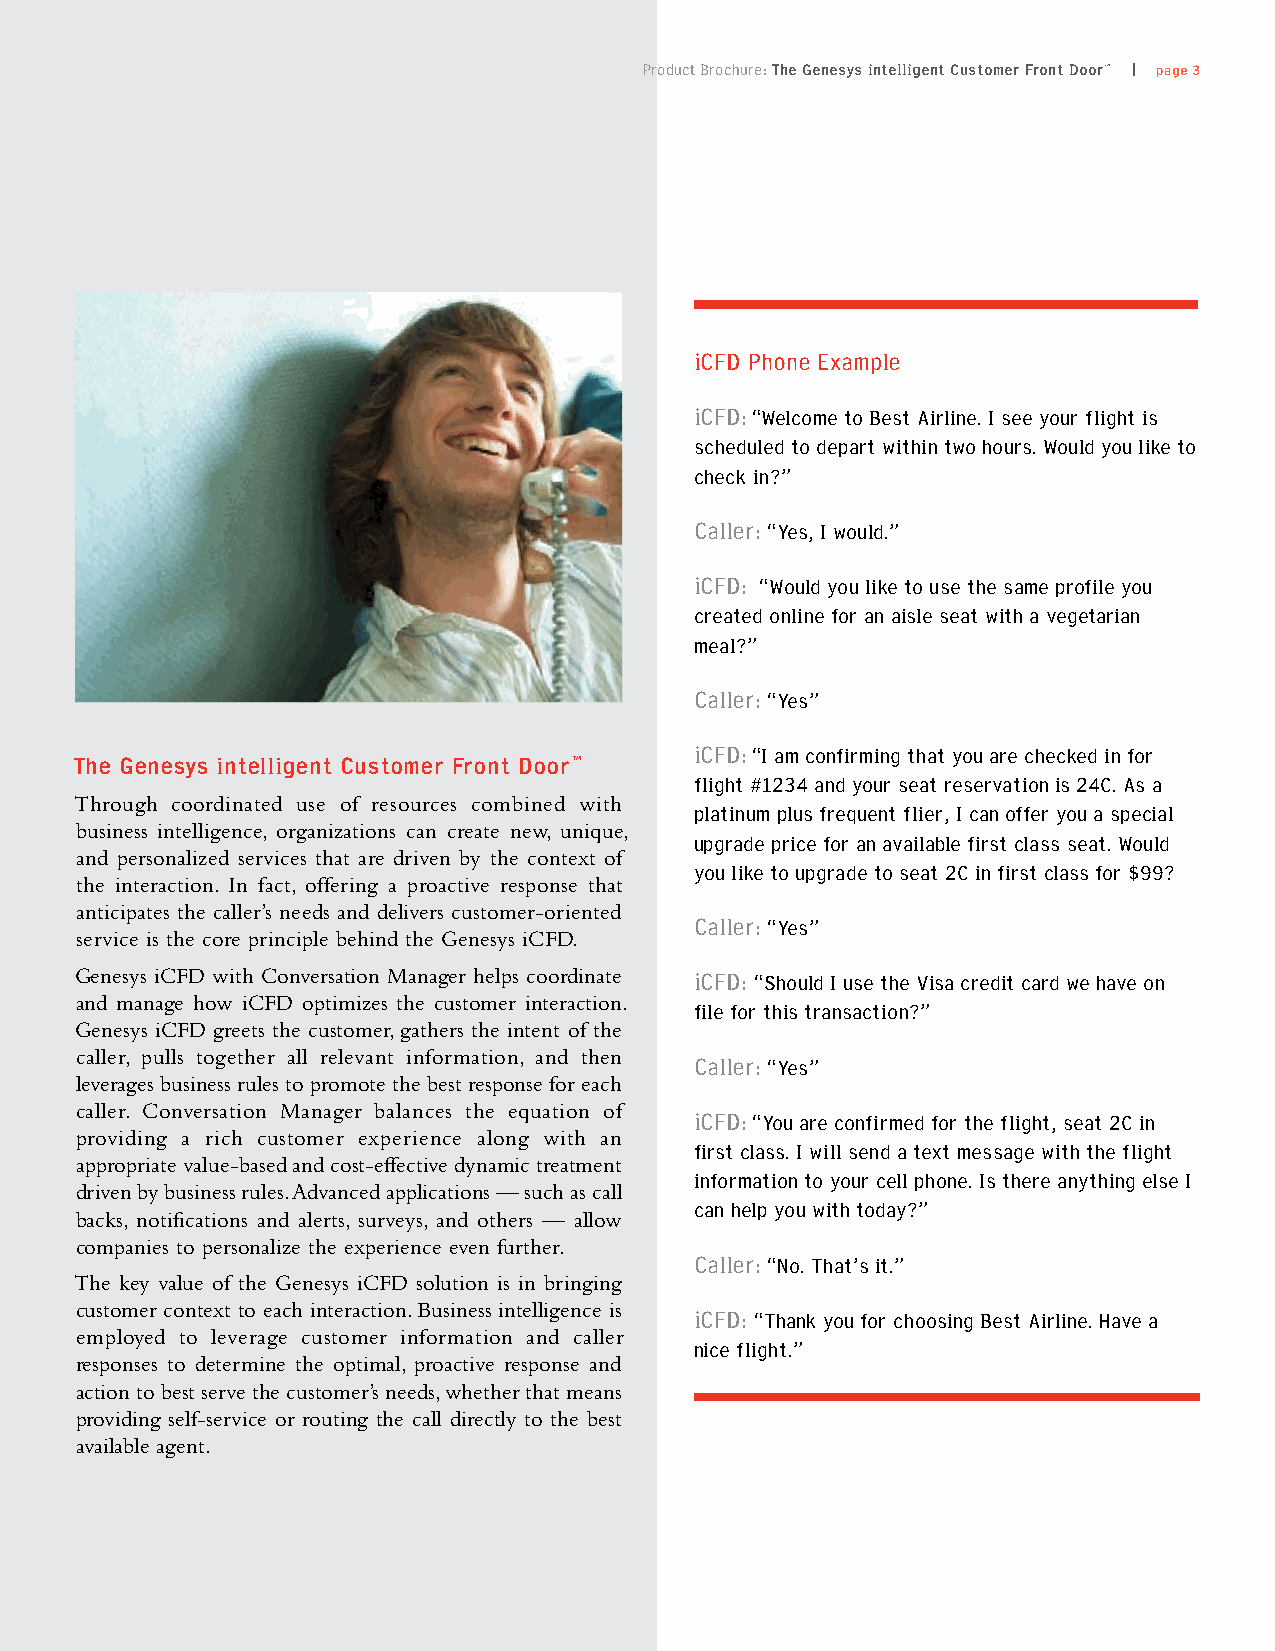
Product Brochure: The Genesys intelligent Customer Front Door™ | page 3
 iCFD Phone Example
 iCFD: “Welcome to Best Airline. I see your flight is
 scheduled to depart within two hours. Would you like to
 check in?”
 Caller: “Yes, I would.”
 iCFD: “Would you like to use the same profile you
 created online for an aisle seat with a vegetarian
 meal?”
 Caller: “Yes”
 The Genesys intelligent Customer Front Door™
 iCFD: “I am confirming that you are checked in for
 flight #1234 and your seat reservation is 24C. As a
 Through coordinated use of resources combined with
 platinum plus frequent flier, I can offer you a special
 business intelligence, organizations can create new, unique,
 upgrade price for an available first class seat. Would
 and personalized services that are driven by the context of
 you like to upgrade to seat 2C in first class for $99?
 the interaction. In fact, offering a proactive response that
 anticipates the caller’s needs and delivers customer-oriented
 Caller: “Yes”
 service is the core principle behind the Genesys iCFD.
 Genesys iCFD with Conversation Manager helps coordinate iCFD: “Should I use the Visa credit card we have on
 and manage how iCFD optimizes the customer interaction.
 file for this transaction?”
 Genesys iCFD greets the customer, gathers the intent of the
 caller, pulls together all relevant information, and then Caller: “Yes”
 leverages business rules to promote the best response for each
 caller. Conversation Manager balances the equation of iCFD: “You are confirmed for the flight, seat 2C in
 providing a rich customer experience along with an
 first class. I will send a text message with the flight
 appropriate value-based and cost-effective dynamic treatment
 information to your cell phone. Is there anything else I
 driven by business rules. Advanced applications — such as call
 can help you with today?”
 backs, notifications and alerts, surveys, and others — allow
 companies to personalize the experience even further.
 Caller: “No. That’s it.”
 The key value of the Genesys iCFD solution is in bringing
 customer context to each interaction. Business intelligence is iCFD: “Thank you for choosing Best Airline. Have a
 employed to leverage customer information and caller
 nice flight.”
 responses to determine the optimal, proactive response and
 action to best serve the customer’s needs, whether that means
 providing self-service or routing the call directly to the best
 available agent.